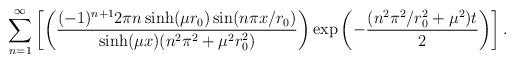
LaTeX: \begin{align*}\sum_{n=1}^\infty \left[ \left(\frac{(-1)^{n+1}2 \pi n \sinh(\mu r_0)\sin(n \pi x /r_0)}{\sinh(\mu x) (n^2 \pi^2 + \mu^2 r_0^2)}\right) \exp\left(-\frac{(n^2 \pi^2/r_0^2 + \mu^2 )t}{2} \right) \right].\end{align*}